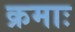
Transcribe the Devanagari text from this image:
क्रमाः